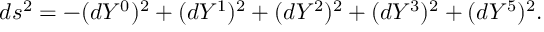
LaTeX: d s ^ { 2 } = - ( d Y ^ { 0 } ) ^ { 2 } + ( d Y ^ { 1 } ) ^ { 2 } + ( d Y ^ { 2 } ) ^ { 2 } + ( d Y ^ { 3 } ) ^ { 2 } + ( d Y ^ { 5 } ) ^ { 2 } .